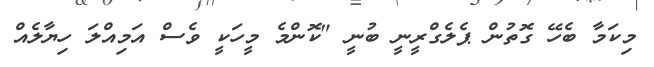
މިކަމާ ބެހޭ ގޮތުން ޕެލެގްރީނީ ބުނީ "ކޮންމެ މީހަކީ ވެސް އަމިއްލަ ހިޔާލެއް